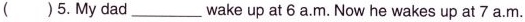
( )5. My dad ___ wake up at 6 a.M. Now he wakes up at 7 a.M.